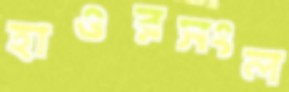
হাওরসংল